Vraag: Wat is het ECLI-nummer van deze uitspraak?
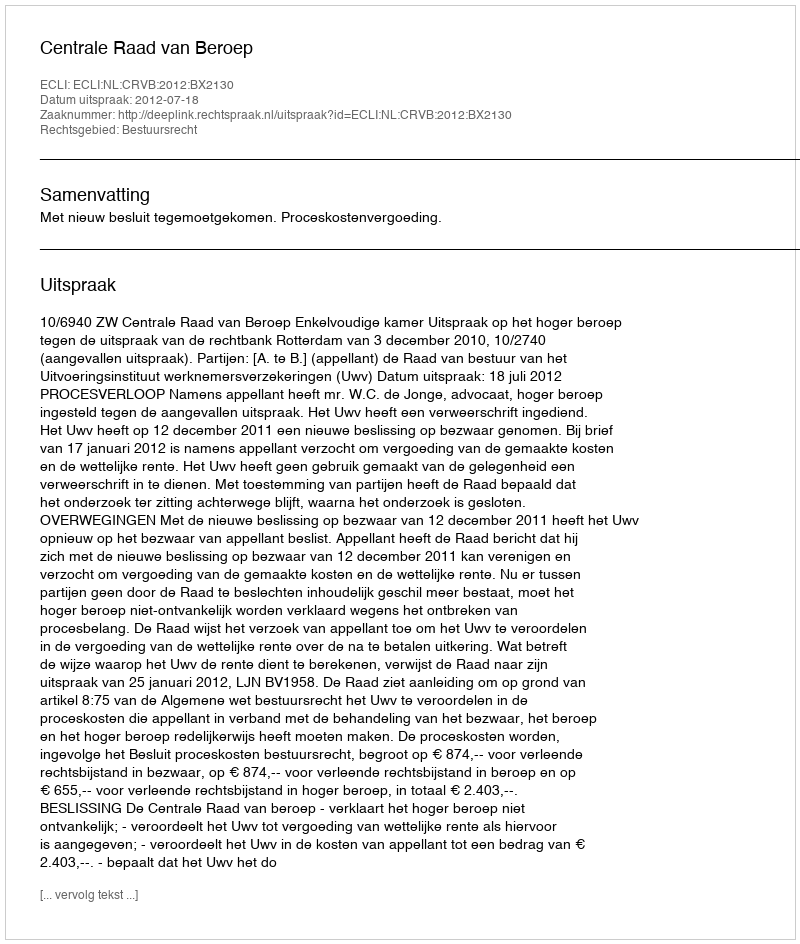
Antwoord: ECLI:NL:CRVB:2012:BX2130